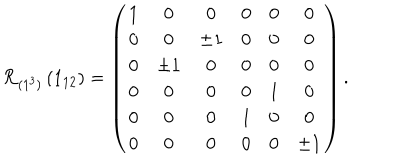
LaTeX: { \cal R } _ { ( 1 ^ { 3 } ) } \left( 1 _ { 1 2 } \right) = \left( \begin{array} { c c c c c c c c } { { 1 } } & { { 0 } } & { { 0 } } & { { 0 } } & { { 0 } } & { { 0 } } \\ { { 0 } } & { { 0 } } & { { \pm 1 } } & { { 0 } } & { { 0 } } & { { 0 } } \\ { { 0 } } & { { \pm 1 } } & { { 0 } } & { { 0 } } & { { 0 } } & { { 0 } } \\ { { 0 } } & { { 0 } } & { { 0 } } & { { 0 } } & { { 1 } } & { { 0 } } \\ { { 0 } } & { { 0 } } & { { 0 } } & { { 1 } } & { { 0 } } & { { 0 } } \\ { { 0 } } & { { 0 } } & { { 0 } } & { { 0 } } & { { 0 } } & { { \pm 1 } } \\ \end{array} \right) .